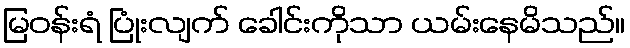
မြဝန်းရံ ပြုံးလျက် ခေါင်းကိုသာ ယမ်းနေမိသည်။